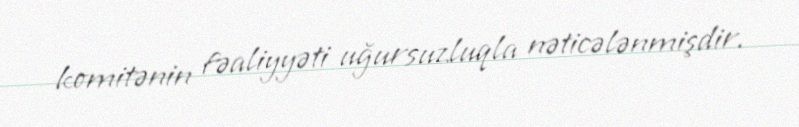
komitənin fəaliyyəti uğursuzluqla nəticələnmişdir.